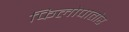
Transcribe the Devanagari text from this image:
फिलोपातोर